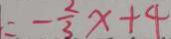
= - \frac { 2 } { 3 } x + 4